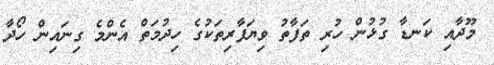
މޫދާއި ކަނޑާ ގުޅުން ހުރި ތަފާތު ވިޔަފާރިތަކުގެ ހިދުމަތް އެންމެ ގިނައިން ހޯދާ